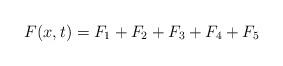
LaTeX: \begin{align*}F(x,t)=F_1+F_2+F_3+F_4+F_5\end{align*}